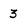
Character: 3